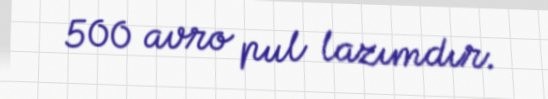
500 avro pul lazımdır.